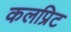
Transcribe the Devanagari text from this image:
कलप्रिट